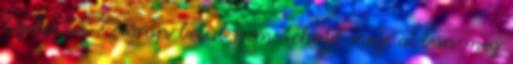
bejelentés 72 órán belül nem tehető meg, abban meg